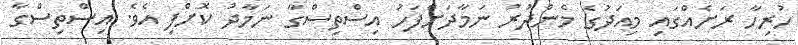
ހުރިހާ ރަށެއްގައި މިއަދުގެ މެންދުރު ނަމާދަށްފަހު އިސްތިސްގާ ނަމާދު ކޮށްފި އެވެ. އިސްތިސްގާ